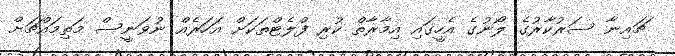
ޗައިނާ ސަރުކާރުގެ ލޯނުގެ އެހީގައި އިމާރާތް ކުރި ފްލެޓްތަކަށް އަހަރެއް ނުވަނީސް މަތިމައްޗަށް